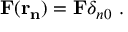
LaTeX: { \bf F ( r _ { n } ) } = { \bf F } \delta _ { n 0 } ~ .